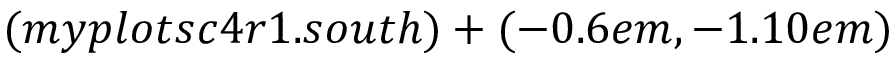
( m y p l o t s c 4 r 1 . s o u t h ) + ( - 0 . 6 e m , - 1 . 1 0 e m )